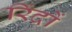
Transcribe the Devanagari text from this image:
रिंदों